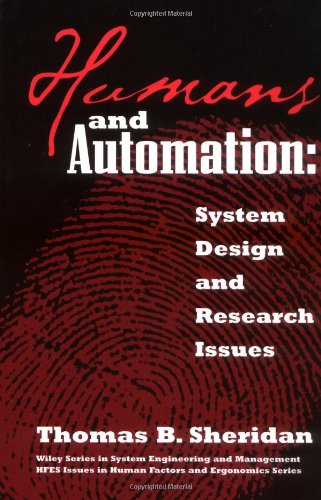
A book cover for Humans and Automation: System Design and Research Issues; Thomas B. Sheridan; Engineering & Transportation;